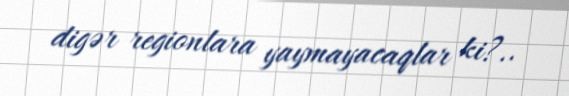
digər regionlara yaymayacaqlar ki?..